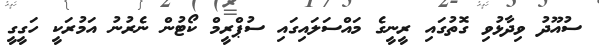
ސުއޫދު ވިދާޅުވި ގޮތުގައި ރީނީގެ މައްސަލައިގައި ސުޕްރީމް ކޯޓުން ނެރުނު އަމުރަކީ ހަގީގީ